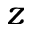
z